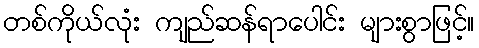
တစ်ကိုယ်လုံး ကျည်ဆန်ရာပေါင်း များစွာဖြင့်။